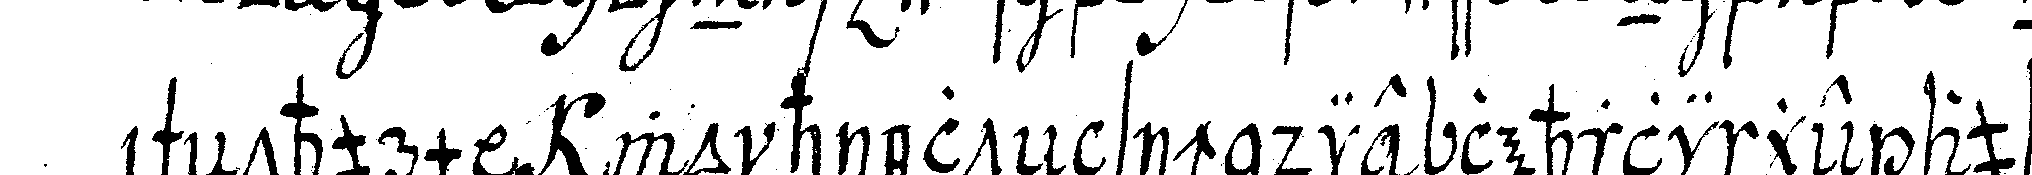
ischeNthurm wo hielteN sich die lehrlinge auf